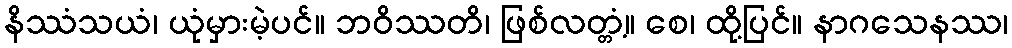
နိဿံသယံ၊ ယုံမှားမဲ့ပင်။ ဘဝိဿတိ၊ ဖြစ်လတ္တံ့။ စေ၊ ထို့ပြင်။ နာဂသေနဿ၊